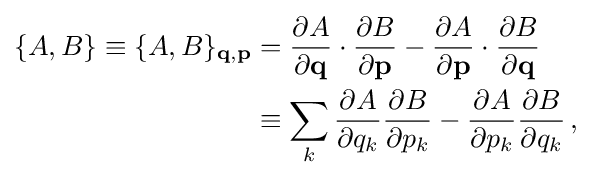
{\begin{aligned}\{A,B\}\equiv \{A,B\}_{\mathbf {q} ,\mathbf {p} }&={\frac {\partial A}{\partial \mathbf {q} }}\cdot {\frac {\partial B}{\partial \mathbf {p} }}-{\frac {\partial A}{\partial \mathbf {p} }}\cdot {\frac {\partial B}{\partial \mathbf {q} }}\\&\equiv \sum _{k}{\frac {\partial A}{\partial q_{k}}}{\frac {\partial B}{\partial p_{k}}}-{\frac {\partial A}{\partial p_{k}}}{\frac {\partial B}{\partial q_{k}}}\,,\end{aligned}}